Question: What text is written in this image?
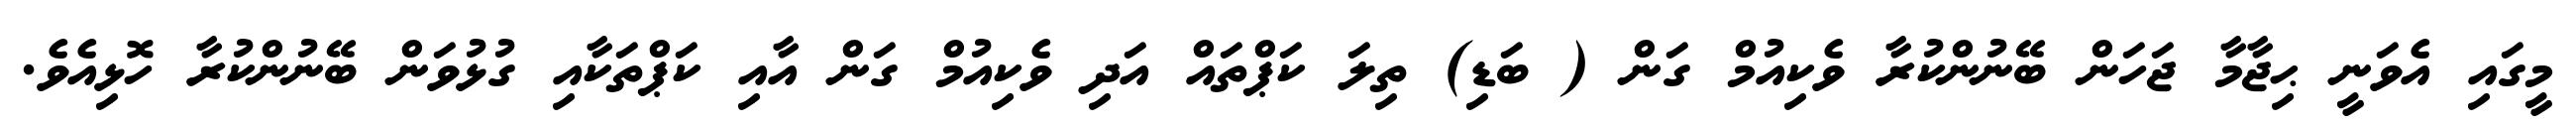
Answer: މީގައި އެވަނީ ޙިޖާމާ ޖަހަން ބޭނުންކުރާ ވެކިއުމް ގަން ( ބަޑި) ތިލަ ކަޕްތައް އަދި ވެކިއުމް ގަން އާއި ކަޕްތަކާއި ގުޅުވަން ބޭނުންކުރާ ހޮޅިއެވެ.